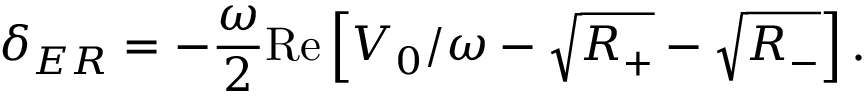
\delta _ { E R } = - \frac { \omega } { 2 } \mathrm { R e } \left[ V _ { 0 } / \omega - \sqrt { R _ { + } } - \sqrt { R _ { - } } \right] .